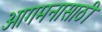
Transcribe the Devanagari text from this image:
आगमनासाठी